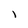
Character: 1